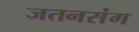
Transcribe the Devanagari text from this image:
जतनसंग